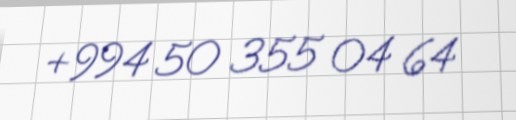
+994 50 355 04 64